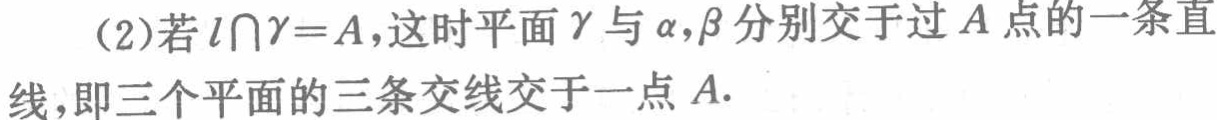
(2)若\(l\cap\gamma = A\)，这时平面\(\gamma\)与\(\alpha,\beta\)分别交于过\(A\)点的一条直线，即三个平面的三条交线交于一点\(A\).